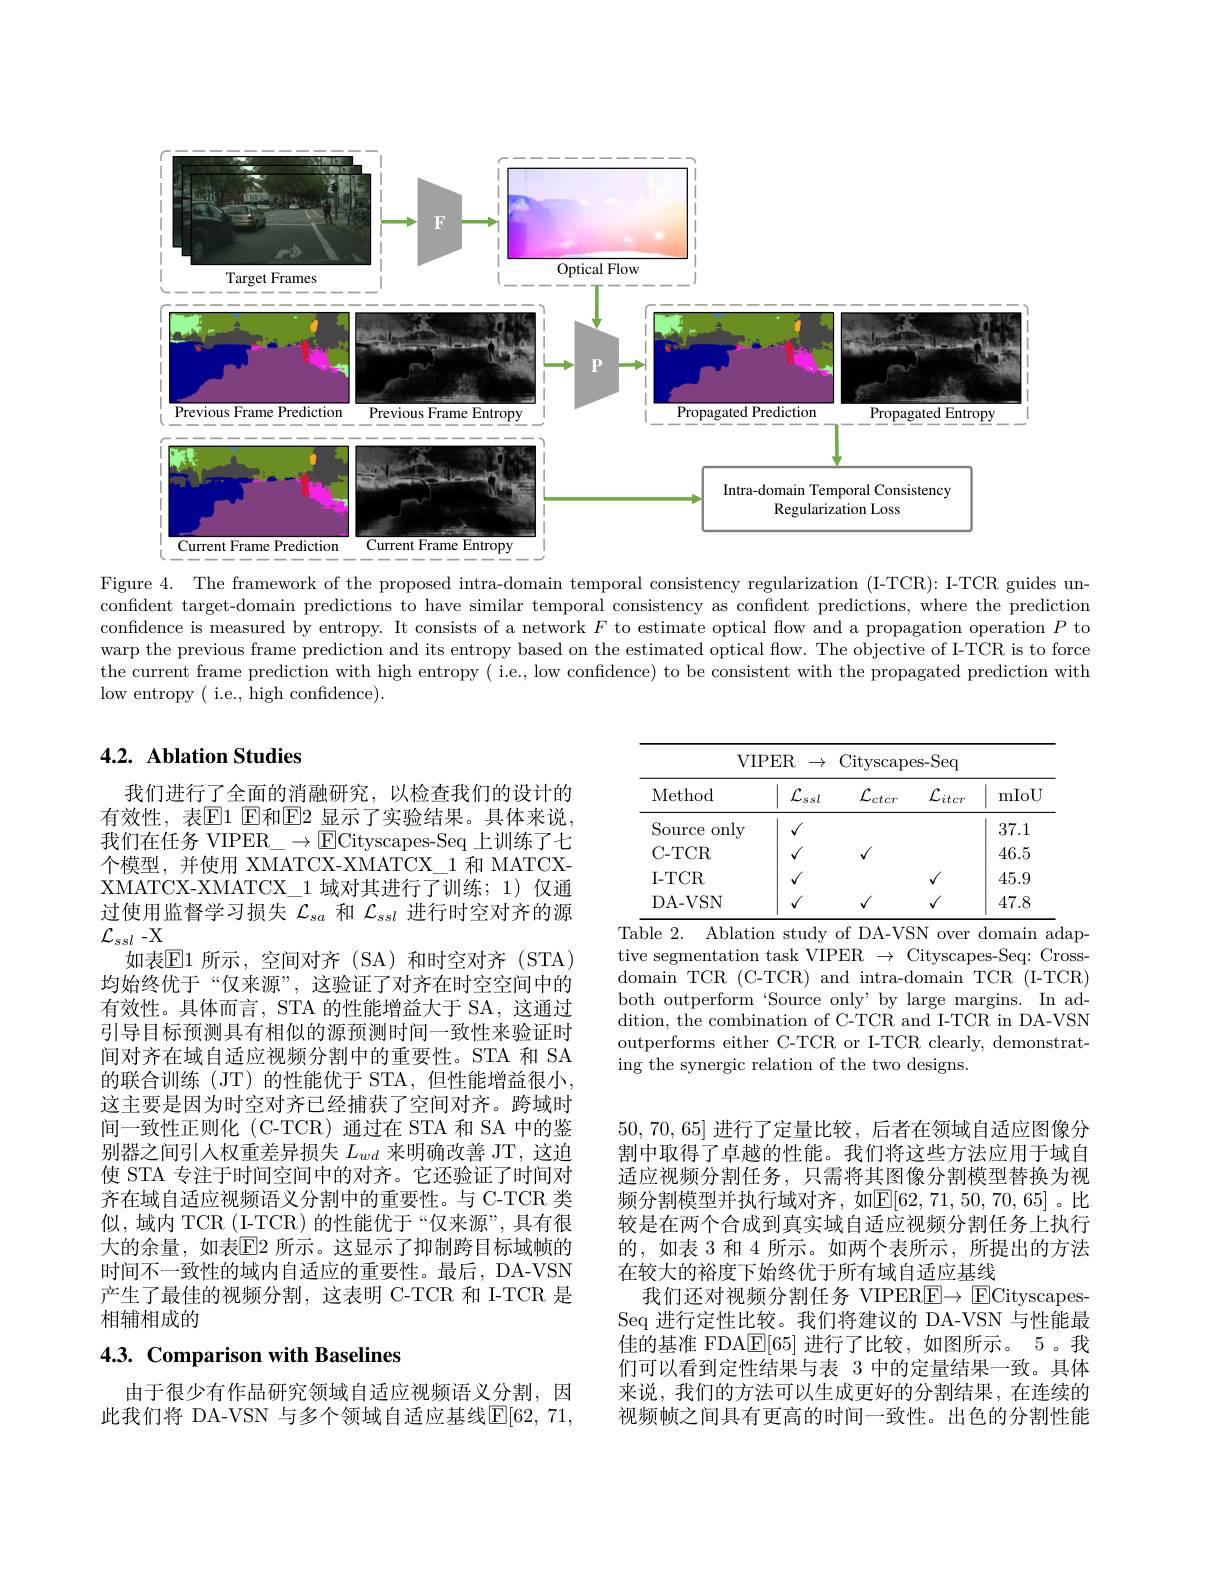
<FigureHere>
Figure 4. The framework of the proposed intra-domain temporal consistency regularization (I-TCR): I-TCR guides un-

confident target-domain predictions to have similar temporal consistency as confident predictions, where the prediction confidence is measured by entropy. It consists of a network $F$ to estimate optical flow and a propagation operation $P$ to warp the previous frame prediction and its entropy based on the estimated optical flow. The objective of I-TCR is to force the current frame prediction with high entropy ( i.e., low confidence) to be consistent with the propagated prediction with low entropy ( i.e., high confidence).

## 4.2. Ablation Studies

<table>
	<tbody>
		<tr>
			<th colspan="5">VIPER ${\mathbb{R}}\rightarrow$ Cityscapes- Seq 7</th>
		</tr>
		<tr>
			<th>Method</th>
			<th>${\mathcal{L}}_{ssl}$ 1 1 1 1</th>
			<th>${\mathcal L}_{ctcr}$</th>
			<th>$\mathcal{L}_{itcr}$</th>
			<th>mIoU</th>
		</tr>
		<tr>
			<td>only Source</td>
			<td>$\sqrt{1}$</td>
			<td> </td>
			<td> </td>
			<td>37.1</td>
		</tr>
		<tr>
			<td>C- TCR</td>
			<td>$√$</td>
			<td>$√$</td>
			<td> </td>
			<td>46.5</td>
		</tr>
		<tr>
			<td>I- TCR</td>
			<td>$√$</td>
			<td> </td>
			<td>$√$</td>
			<td>45.9</td>
		</tr>
		<tr>
			<td>DA- VSN</td>
			<td>$√$</td>
			<td>$√$</td>
			<td>$√$</td>
			<td>47.8</td>
		</tr>
	</tbody>
</table>
Table 2. Ablation study of DA-VSN over domain adap-

tive segmentation task VIPER $\to$ Cityscapes-Seq: Crossdomain TCR (C-TCR) and intra-domain TCR (I-TCR) both outperform‘Source only’by large margins. In addition, the combination of C-TCR and I-TCR in DA-VSN outperforms either C-TCR or I-TCR clearly, demonstrating the synergic relation of the two designs.

我们进行了全面的消融研究，以检查我们的设计的有效性，表$\mathbb{E}$1 E和$\mathbb{E}$2 显示了实验结果。具体来说， 我们在任务 VIPER\_$\to$ECityscapes-Seq 上训练了七个模型，并使用 XMATCX-XMATCX\_1 和 MATCXXMATCX-XMATCX\_1 域对其进行了训练；1) 仅通过使用监督学习损失$\mathcal{L}_sa$和$\mathcal{L}_ssl$进行时空对齐的源$\mathcal{L}_{\mathrm{ss}l}$-X
如表$\mathbb{E}1$ 所示，空间对齐(SA)和时空对齐(STA) 均始终优于“仅来源”,这验证了对齐在时空空间中的有效性。具体而言，STA 的性能增益大于 SA, 这通过引导目标预测具有相似的源预测时间一致性来验证时间对齐在域自适应视频分割中的重要性。STA 和 SA 的联合训练(JT)的性能优于 STA,但性能增益很小， 这主要是因为时空对齐已经捕获了空间对齐。跨域时间一致性正则化 (C-TCR) 通过在 STA 和 SA 中的鉴别器之间引人权重差异损失$L_{wd}$来明确改善 JT, 这迫使 STA 专注于时间空间中的对齐。它还验证了时间对齐在域自适应视频语义分割中的重要性。与 C-TCR 类似，域内 TCR (I-TCR)的性能优于“仅来源”,具有很大的余量，如表$\overline{\mathrm{E}}$2 所示。这显示了抑制跨目标域帧的时间不一致性的域内自适应的重要性。最后，DA-VSN 产生了最佳的视频分割，这表明 C-TCR 和 I-TCR 是相辅相成的

50,70,65]进行了定量比较，后者在领域自适应图像分割中取得了卓越的性能。我们将这些方法应用于域自适应视频分割任务，只需将其图像分割模型替换为视频分割模型并执行域对齐，如$\mathbb{E}[62,71,50,70,65]$。比较是在两个合成到真实域自适应视频分割任务上执行的，如表 3 和 4 所示。如两个表所示，所提出的方法在较大的裕度下始终优于所有域自适应基线
我们还对视频分割任务 VIPERE$\to$ ECityscapesSeq 进行定性比较。我们将建议的 DA-VSN 与性能最佳的基准 FDA$\underline{\mathrm{E}}[65]$进行了比较，如图所示。5。我们可以看到定性结果与表 3 中的定量结果一致。具体来说，我们的方法可以生成更好的分割结果，在连续的视频帧之间具有更高的时间一致性。出色的分割性能

# 4.3. Comparison with Baselines

由于很少有作品研究领域自适应视频语义分割，因此我们将 DA-VSN 与多个领域自适应基线$\mathbb{E}[62,71$,